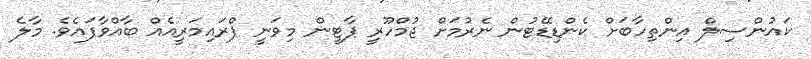
ކައުންސިލް އިންތިހާބަށް ކެންޑިޑޭޓުން ނެރުމަށް ޖުމްހޫރީ ޕާޓީން މިވަނީ ޕްރައިމަރީއެއް ބާއްވާފައެވެެ. މާލެ